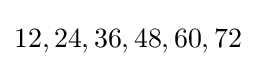
12,24,36,48,60,72